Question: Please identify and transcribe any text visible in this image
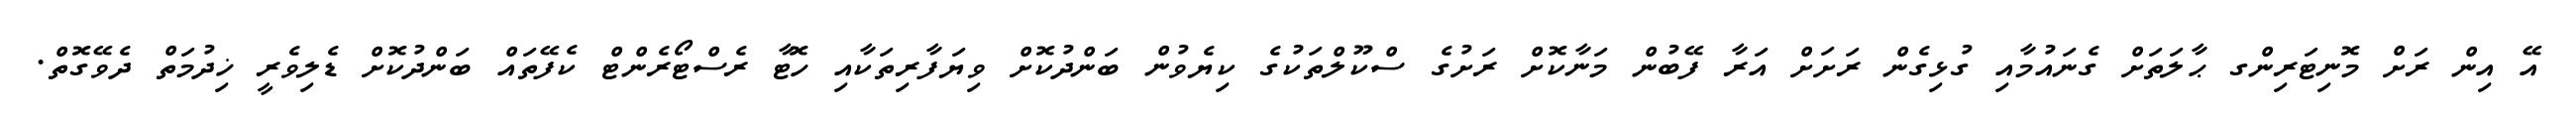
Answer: އޭ އިން ރަށް މޮނިޓަރިންގ ޙާލަތަށް ގެނައުމާއި ގުޅިގެން ރަށަށް އަރާ ފޭބުން މަނާކޮށް ރަށުގެ ސްކޫލްތަކުގެ ކިޔެވުން ބަންދުކޮށް ވިޔަފާރިތަކާއި ހޮޓާ ރެސްޓޯރެންޓް ކެފޭތައް ބަންދުކޮށް ޑެލިވެރީ ޚިދުމަތް ދެވޭގޮތް.